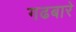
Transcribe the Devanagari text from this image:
गढबारे